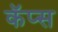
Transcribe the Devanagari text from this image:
कॅप्स